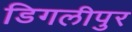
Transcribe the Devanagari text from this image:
डिगलीपुर